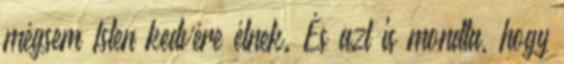
mégsem Isten kedvére élnek. És azt is mondta, hogy